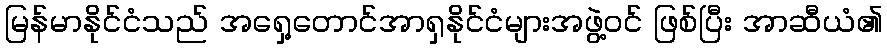
မြန်မာနိုင်ငံသည် အရှေ့တောင်အာရှနိုင်ငံများအဖွဲ့ဝင် ဖြစ်ပြီး အာဆီယံ၏